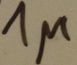
Text: 1µ